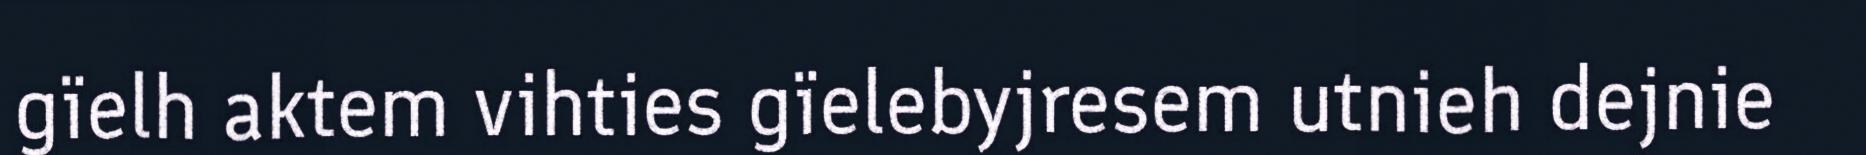
gïelh aktem vihties gïelebyjresem utnieh dejnie